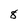
Character: 8